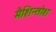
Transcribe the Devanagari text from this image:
मैशिन्तोश